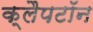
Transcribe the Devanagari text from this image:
क्लैपटॉन